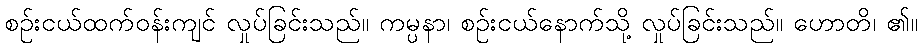
စဉ်းငယ်ထက်ဝန်းကျင် လှုပ်ခြင်းသည်။ ကမ္ပနာ၊ စဉ်းငယ်နောက်သို့ လှုပ်ခြင်းသည်။ ဟောတိ၊ ၏။